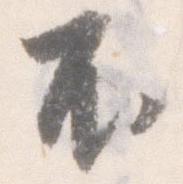
不